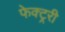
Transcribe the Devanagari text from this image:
फेक्ट्ररी